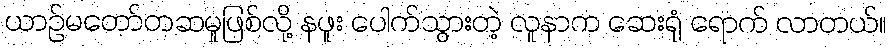
ယာဉ်မတော်တဆမှုဖြစ်လို့ နဖူး ပေါက်သွားတဲ့ လူနာက ဆေးရုံ ရောက် လာတယ်။